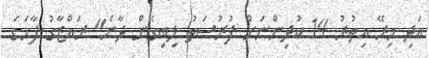
އަދި މިރޭ އިތުރު 14 ކުދިންނަށް ފުރުސަތު ލިބިގެން ދާނެ" ރައްޒާގު ފާހަގަ